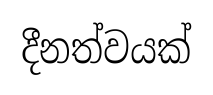
දීනත්වයක්